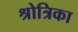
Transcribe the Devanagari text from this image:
श्रोत्रिका